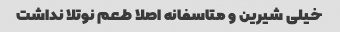
خیلی شیرین و متاسفانه اصلا طعم نوتلا نداشت